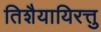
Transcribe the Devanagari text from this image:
तिशैयायिरत्तु